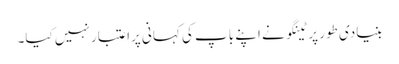
بنیادی طور پر ٹینگو نے اپنے باپ کی کہانی پراعتبار نہیں کیا۔